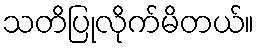
သတိပြုလိုက်မိတယ်။